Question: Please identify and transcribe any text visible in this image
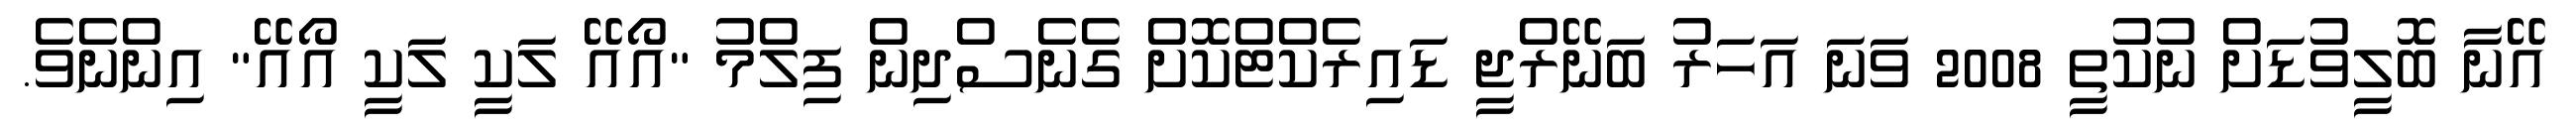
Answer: އޭނާ ބޮލީވުޑަށް ނުކުތީ 2008 ވަނަ އަހަރު ބަނޭރްޖީ ޑައިރެކްޓްކޮށް ގެނެސްދިން ފިލްމު "އޯއޭ ލަކީ ލަކީ އޯއޭ" އިންނެވެ.